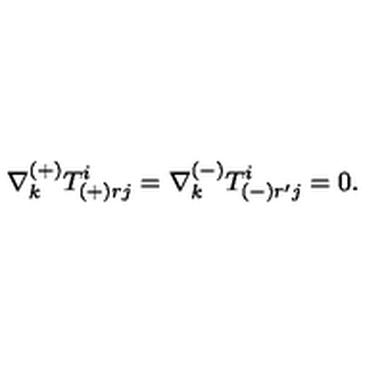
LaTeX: \nabla _ { k } ^ { ( + ) } T _ { ( + ) r j } ^ { i } = \nabla _ { k } ^ { ( - ) } T _ { ( - ) r ^ { \prime } j } ^ { i } = 0 .